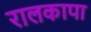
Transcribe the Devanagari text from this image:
रालकापा